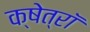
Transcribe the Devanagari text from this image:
क्षेत्रॉ